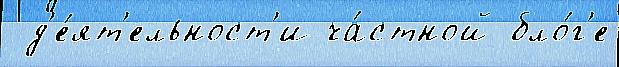
 д'е́ят'ельност'и ча́стной бло́г'е